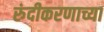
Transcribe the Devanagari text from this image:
रुंदीकरणाच्या